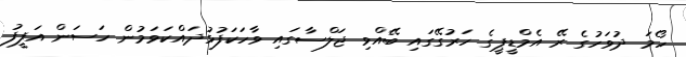
ހޯމަ ދުވަހުގެ ރޭ އެމްޑީޕީގެ ހަރުގޭގައި ބޭއްވި ޖަލްސާގައި ވާހަކަފުޅުދައްކަވަމުން ހަސަން އަފީފު